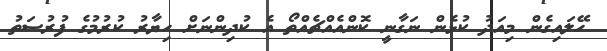
ހޭލައިގެން މިއަދު ކުޅެން ނަގާނީ ކޮންއެއްޗެއްތޯ އެ ކުދިންނަށް ހިޔާރު ކުރުމުގެ ފުރުސަތު